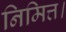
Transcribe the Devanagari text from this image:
निमित्त।